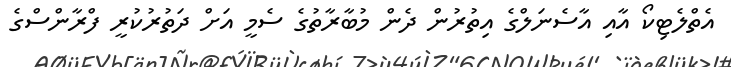
އެތްލެޓިކޯ އާއި އާސެނަލްގެ އިތުރުން ދެން މުބާރާތުގެ ސެމީ އަށް ދަތުރުކުރީ ފްރާންސްގެ